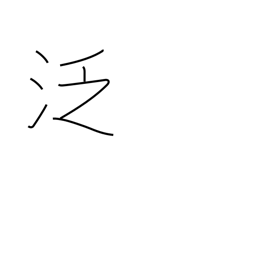
Meaning: careless